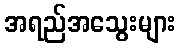
အရည်အသွေးများ